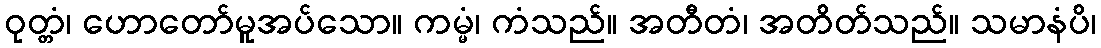
ဝုတ္တံ၊ ဟောတော်မူအပ်သော။ ကမ္မံ၊ ကံသည်။ အတီတံ၊ အတိတ်သည်။ သမာနံပိ၊